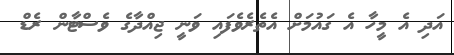
އަދި އެ މީހާ އެ ގައުމަށް އެތެރެވެފައި ވަނީ ޖިއްދާގެ ވެސްޓާން ރެޑް